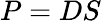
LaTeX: P=DS